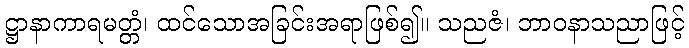
ဋ္ဌာနာကာရမတ္တံ၊ ထင်သောအခြင်းအရာဖြစ်၍။ သညဇံ၊ ဘာဝနာသညာဖြင့်